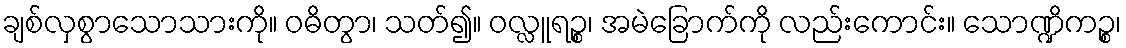
ချစ်လှစွာသောသားကို။ ဝဓိတွာ၊ သတ်၍။ ဝလ္လူရဉ္စ၊ အမဲခြောက်ကို လည်းကောင်း။ သောဏ္ဍိကဉ္စ၊